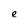
Character: e